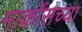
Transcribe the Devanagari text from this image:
मार्कोसच्या